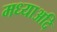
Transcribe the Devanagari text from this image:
मध्याअदि